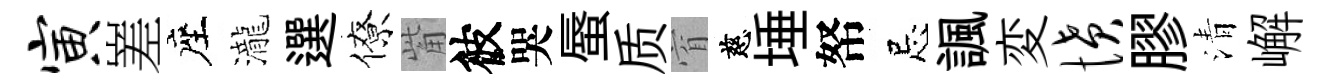
寅嵳座瀧選僚觜彼哭蜃质窅慈埵帑忌諷変愤膠清嶰